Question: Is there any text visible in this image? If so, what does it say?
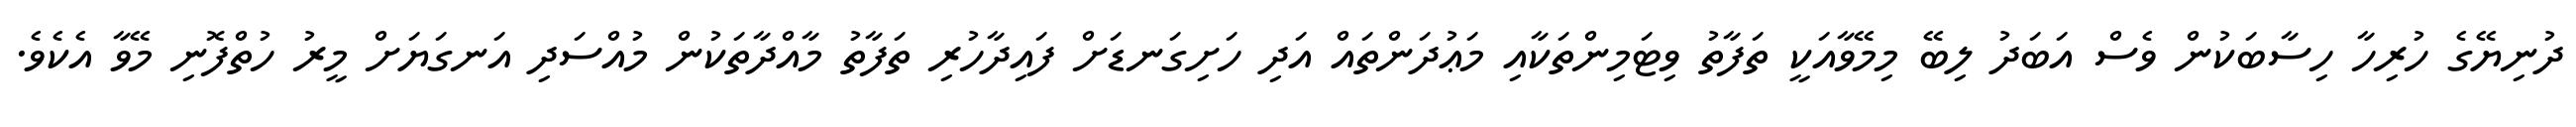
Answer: ދުނިޔޭގެ ހުރިހާ ހިސާބަކުން ވެސް އަބަދު ލިބޭ މިމޭވާއަކީ ތަފާތު ވިޓަމިންތަކާއި މަޢުދަންތައް އަދި ހަށިގަނޑަށް ފައިދާހުރި ތަފާތު މާއްދާތަކުން މުއްސަދި އަނގަޔަށް މީރު ހުތްފޮނި މޭވާ އެކެވެ.